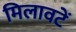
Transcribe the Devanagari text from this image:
मिलावटें